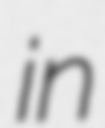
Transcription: in